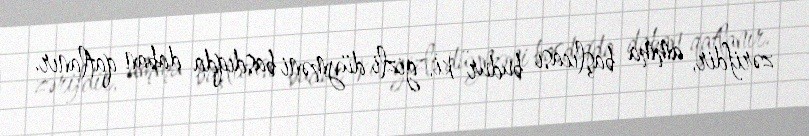
zərifdir, amma başlıcası budur ki, gizli düyməni basdıqda daban qatlanır.